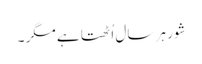
شور ہر سال اُٹھتا ہے مگر ۔